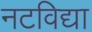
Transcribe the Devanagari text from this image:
नटविद्या